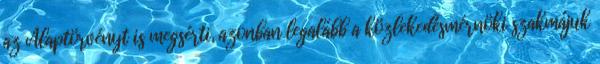
az Alaptörvényt is megsérti, azonban legalább a közlekedésmérnöki szakmájuk